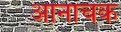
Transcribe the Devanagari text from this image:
आनाचक